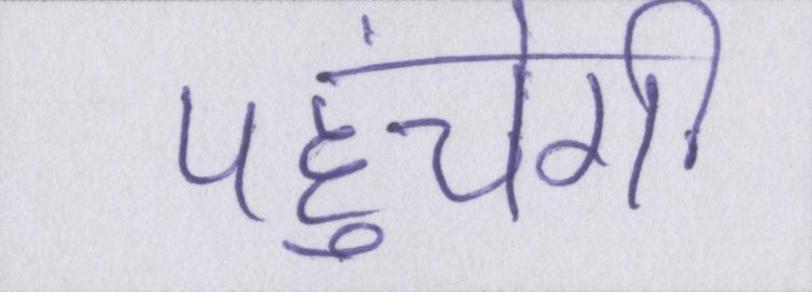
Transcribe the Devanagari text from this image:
पहुंचेगी